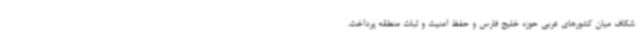
شکاف میان کشورهای عربی حوزه خلیج فارس و حفظ امنیت و ثبات منطقه پرداخت.